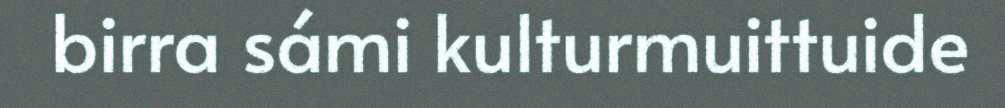
birra sámi kulturmuittuide